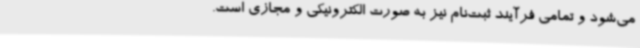
می‌شود و تمامی فرآیند ثبت‌نام نیز به صورت الکترونیکی و مجازی است.